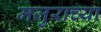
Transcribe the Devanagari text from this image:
मजुराच्या